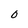
Character: 0